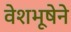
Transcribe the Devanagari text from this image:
वेशभूषेने